Lunatic asylums Bombay report 1891-1903 - 1891-1903
Year: 1891
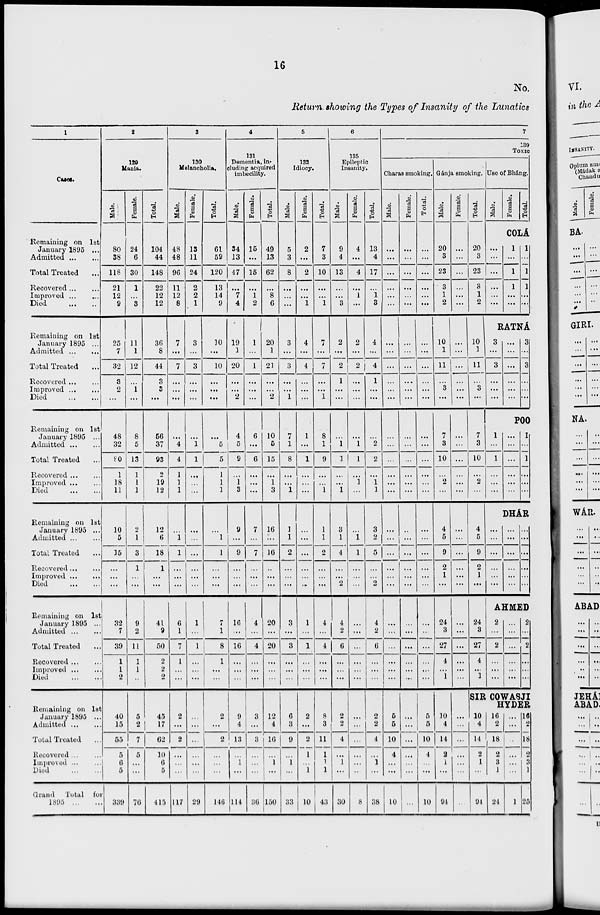
16
No.
Return showing the Types of Insanity of the Lunatics
1
Cases.
Remaining on 1st
January 1895 ...
Admitted ... ...
Total Treated ...
Recovered ... ...
Improved ... ...
Died
...
...
Remaining on 1st
January 1895 ...
Admitted
...
...
Total Treated ...
Recovered ... ...
Improved ... ...
Died
...
...
Remaining on 1st
January 1895 ...
Admitted ... ...
Total Treated ...
Recovered ... ...
Improved ... ...
Died
...
...
Remaining on 1st
January 1895 ...
Admitted ... ...
Total Treated ...
Recovered ... ...
Improved ... ...
Died
...
...
Remaining on 1st
January 1895 ...
Admitted
...
...
Total Treated ...
Recovered ... ...
Improved ... ...
Died
...
...
Remaining on 1st
January 1895 ...
Admitted
...
...
Total Treated ...
Recovered ... ...
Improved ... ...
Died
...
...
Grand Total for
1895
...
...
2
129
Mania.
Male.
80
38
118
21
12
9
25
7
32
3
2
...
48
32
80
1
18
11
10
5
15
...
...
...
32
7
39
1
1
2
40
15
55
5
6
5
339
Female.
24
6
30
1
...
3
11
1
12
...
1
...
8
5
13
1
1
1
2
1
3
1
...
...
9
2
11
1
1
...
5
2
7
5
...
...
76
Total.
104
44
148
22
12
12
36
8
44
3
3
...
56
37
93
2
19
12
12
6
18
1
...
...
41
9
50
2
2
2
45
17
62
10
6
5
415
3
130
Melancholia.
Male.
48
48
96
11
12
8
7
...
7
...
...
...
...
4
4
1
1
1
...
1
1
...
...
...
6
1
7
1
...
...
2
...
2
...
...
...
117
Female.
13
11
24
2
2
1
3
...
3
...
...
...
...
1
1
...
...
...
...
...
...
...
...
...
1
...
1
...
...
...
...
...
...
...
...
...
29
Total.
61
59
120
13
14
9
10
...
10
...
...
...
...
5
5
1
1
1
...
1
1
...
...
...
7
1
8
1
...
...
2
...
2
...
...
...
146
4
131
Dementia, in-
cluding acquired
imbecility.
Male.
34
13
47
...
7
4
19
1
20
...
...
2
4
5
9
...
1
3
9
...
9
...
...
...
16
...
16
...
...
...
9
4
13
...
1
...
114
Female.
15
...
15
...
1
2
1
...
1
...
...
...
6
...
6
...
...
...
7
...
7
...
...
...
4
...
4
...
...
...
3
...
3
...
...
...
36
Total.
49
13
62
...
8
6
20
1
21
...
...
2
10
5
15
...
1
3
16
...
16
...
...
...
20
...
20
...
...
...
12
4
16
...
1
...
150
5
132
Idiocy.
Male.
5
3
8
...
...
...
3
...
3
...
...
1
7
1
8
...
...
1
1
1
2
...
...
...
3
...
3
...
...
...
6
3
9
...
1
...
33
Female.
2
...
2
...
...
1
4
...
4
...
...
...
1
...
1
...
...
...
...
...
...
...
...
...
1
...
1
...
...
...
2
...
2
1
...
1
10
Total.
7
3
10
...
...
1
7
...
7
...
...
1
8
1
9
...
...
1
1
1
2
...
...
...
4
...
4
...
...
...
8
3
11
1
1
1
43
6
135
Epileptic
Insanity.
Male.
9
4
13
...
...
3
2
...
2
1
...
...
...
1
1
...
...
1
3
1
4
...
...
2
4
2
6
...
...
...
2
2
4
...
1
...
30
Female.
4
...
4
...
1
...
2
...
2
...
...
...
...
1
1
...
1
...
...
1
1
...
...
...
...
...
...
...
...
...
...
...
...
...
...
...
8
Total.
13
4
17
...
1
3
4
...
4
1
...
...
...
2
2
...
1
1
3
2
5
...
...
2
4
2
6
...
...
...
2
2
4
...
1
...
38
7
139
Toxic
Charas smoking.
Male.
...
...
...
...
...
...
1
...
...
...
...
...
...
...
...
...
...
...
...
...
...
...
...
...
...
...
...
...
...
...
...
5
5
10
4
...
...
10
Female.
...
...
...
...
...
...
...
...
...
...
...
...
...
...
...
...
...
...
...
...
...
...
...
...
...
...
...
...
...
...
...
...
...
...
...
...
...
Total.
...
...
...
...
...
...
...
...
...
...
...
...
...
...
...
...
...
...
...
...
...
...
...
...
...
...
...
...
...
...
5
5
10
4
...
...
10
Gánja smoking.
Male.
20
3
23
3
1
2
10
1
11
...
3
...
7
3
10
...
2
...
4
5
9
2
1
...
24
3
27
4
...
1
10
4
14
2
1
...
94
Female.
...
...
...
...
...
...
...
...
...
...
...
...
...
...
...
...
...
...
...
...
...
...
...
...
...
...
...
...
...
...
...
...
...
...
...
...
...
Total.
20
3
23
3
1
2
10
1
11
...
3
...
7
3
10
...
2
...
4
5
9
2
1
...
24
3
27
4
...
1
Use of Bháng.
Male.
Female.
Total.
COLÁ
...
...
...
...
...
...
1
...
1
1
...
...
1
...
1
1
...
...
RATNÁ
3
...
3
...
...
...
...
...
...
...
...
...
3
...
3
...
...
...
POO
1
...
1
...
...
...
...
...
...
...
...
...
1
...
1
...
...
...
DHÁR
...
...
...
...
...
...
...
...
...
...
...
...
...
...
...
...
...
...
AHMED
2
...
2
...
...
...
...
...
...
...
...
...
2
...
2
...
...
...
SIR COWASJI
HYDER
10
4
14
2
1
...
94
16
2
18
2
3
1
24
...
...
...
...
...
...
1
16
2
18
2
3
1
25